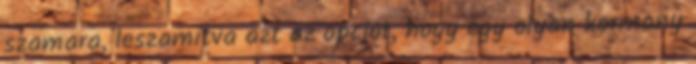
szamara, leszamitva azt az opciot, hogy egy olyan kormany